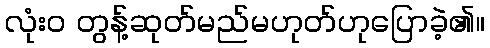
လုံးဝ တွန့်ဆုတ်မည်မဟုတ်ဟုပြောခဲ့၏။